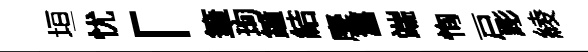
垣忧「筆珣鐘結麐舊端恂戸彫綾